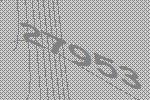
27953